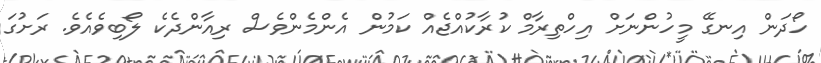
ހޯދަން އިނގޭ މީހުންނަށް އިހްތިރާމް ކުރާކުއްޖެއް ކަމުން އެންމެންވެސް ރިއާންދެކެ ލޯބިވެއެވެ. ރަށުގަ